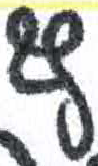
אות: ף